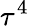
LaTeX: \tau^{4}